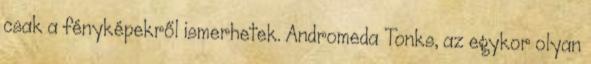
csak a fényképekről ismerhetek. Andromeda Tonks, az egykor olyan